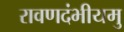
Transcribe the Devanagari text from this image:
रावणदंभीयमु